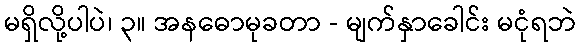
မရှိလို့ပါပဲ၊ ၃။ အနဓောမုခတာ - မျက်နှာခေါင်း မငုံရဘဲ